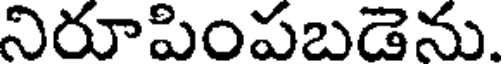
నిరూపింపబడెను.